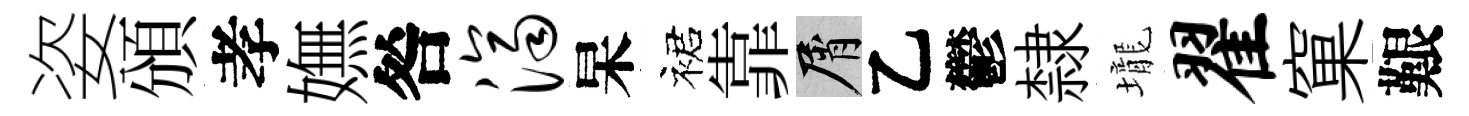
姿頒孝嫵咎济杲裙靠屑乙鬱隸壠翟窠艱